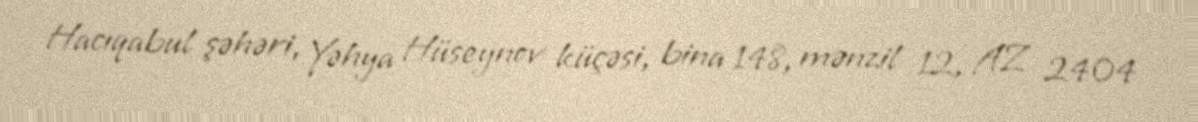
Hacıqabul şəhəri, Yəhya Hüseynov küçəsi, bina 148, mənzil 12, AZ 2404